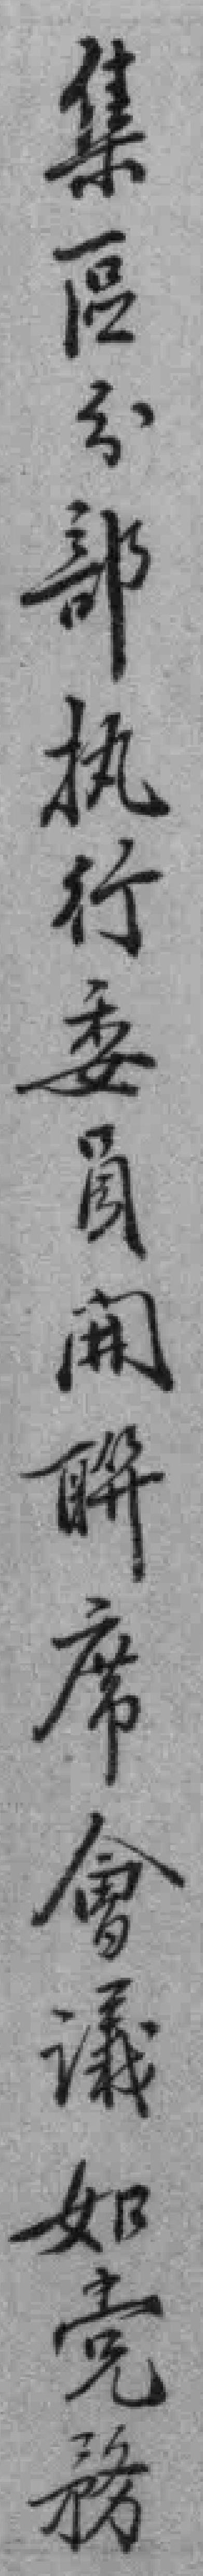
集區分部执行委員𫔭聯席會議如党務